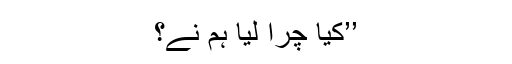
’’کیا چرا لیا ہم نے؟